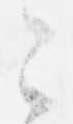
々